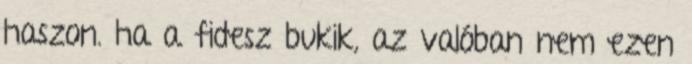
haszon. ha a fidesz bukik, az valóban nem ezen